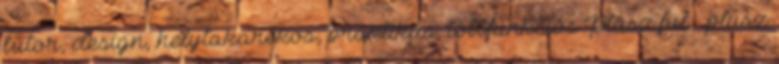
bútor, design, helytakarékos, praktikus, többfunkciós Plusz fül - plusz